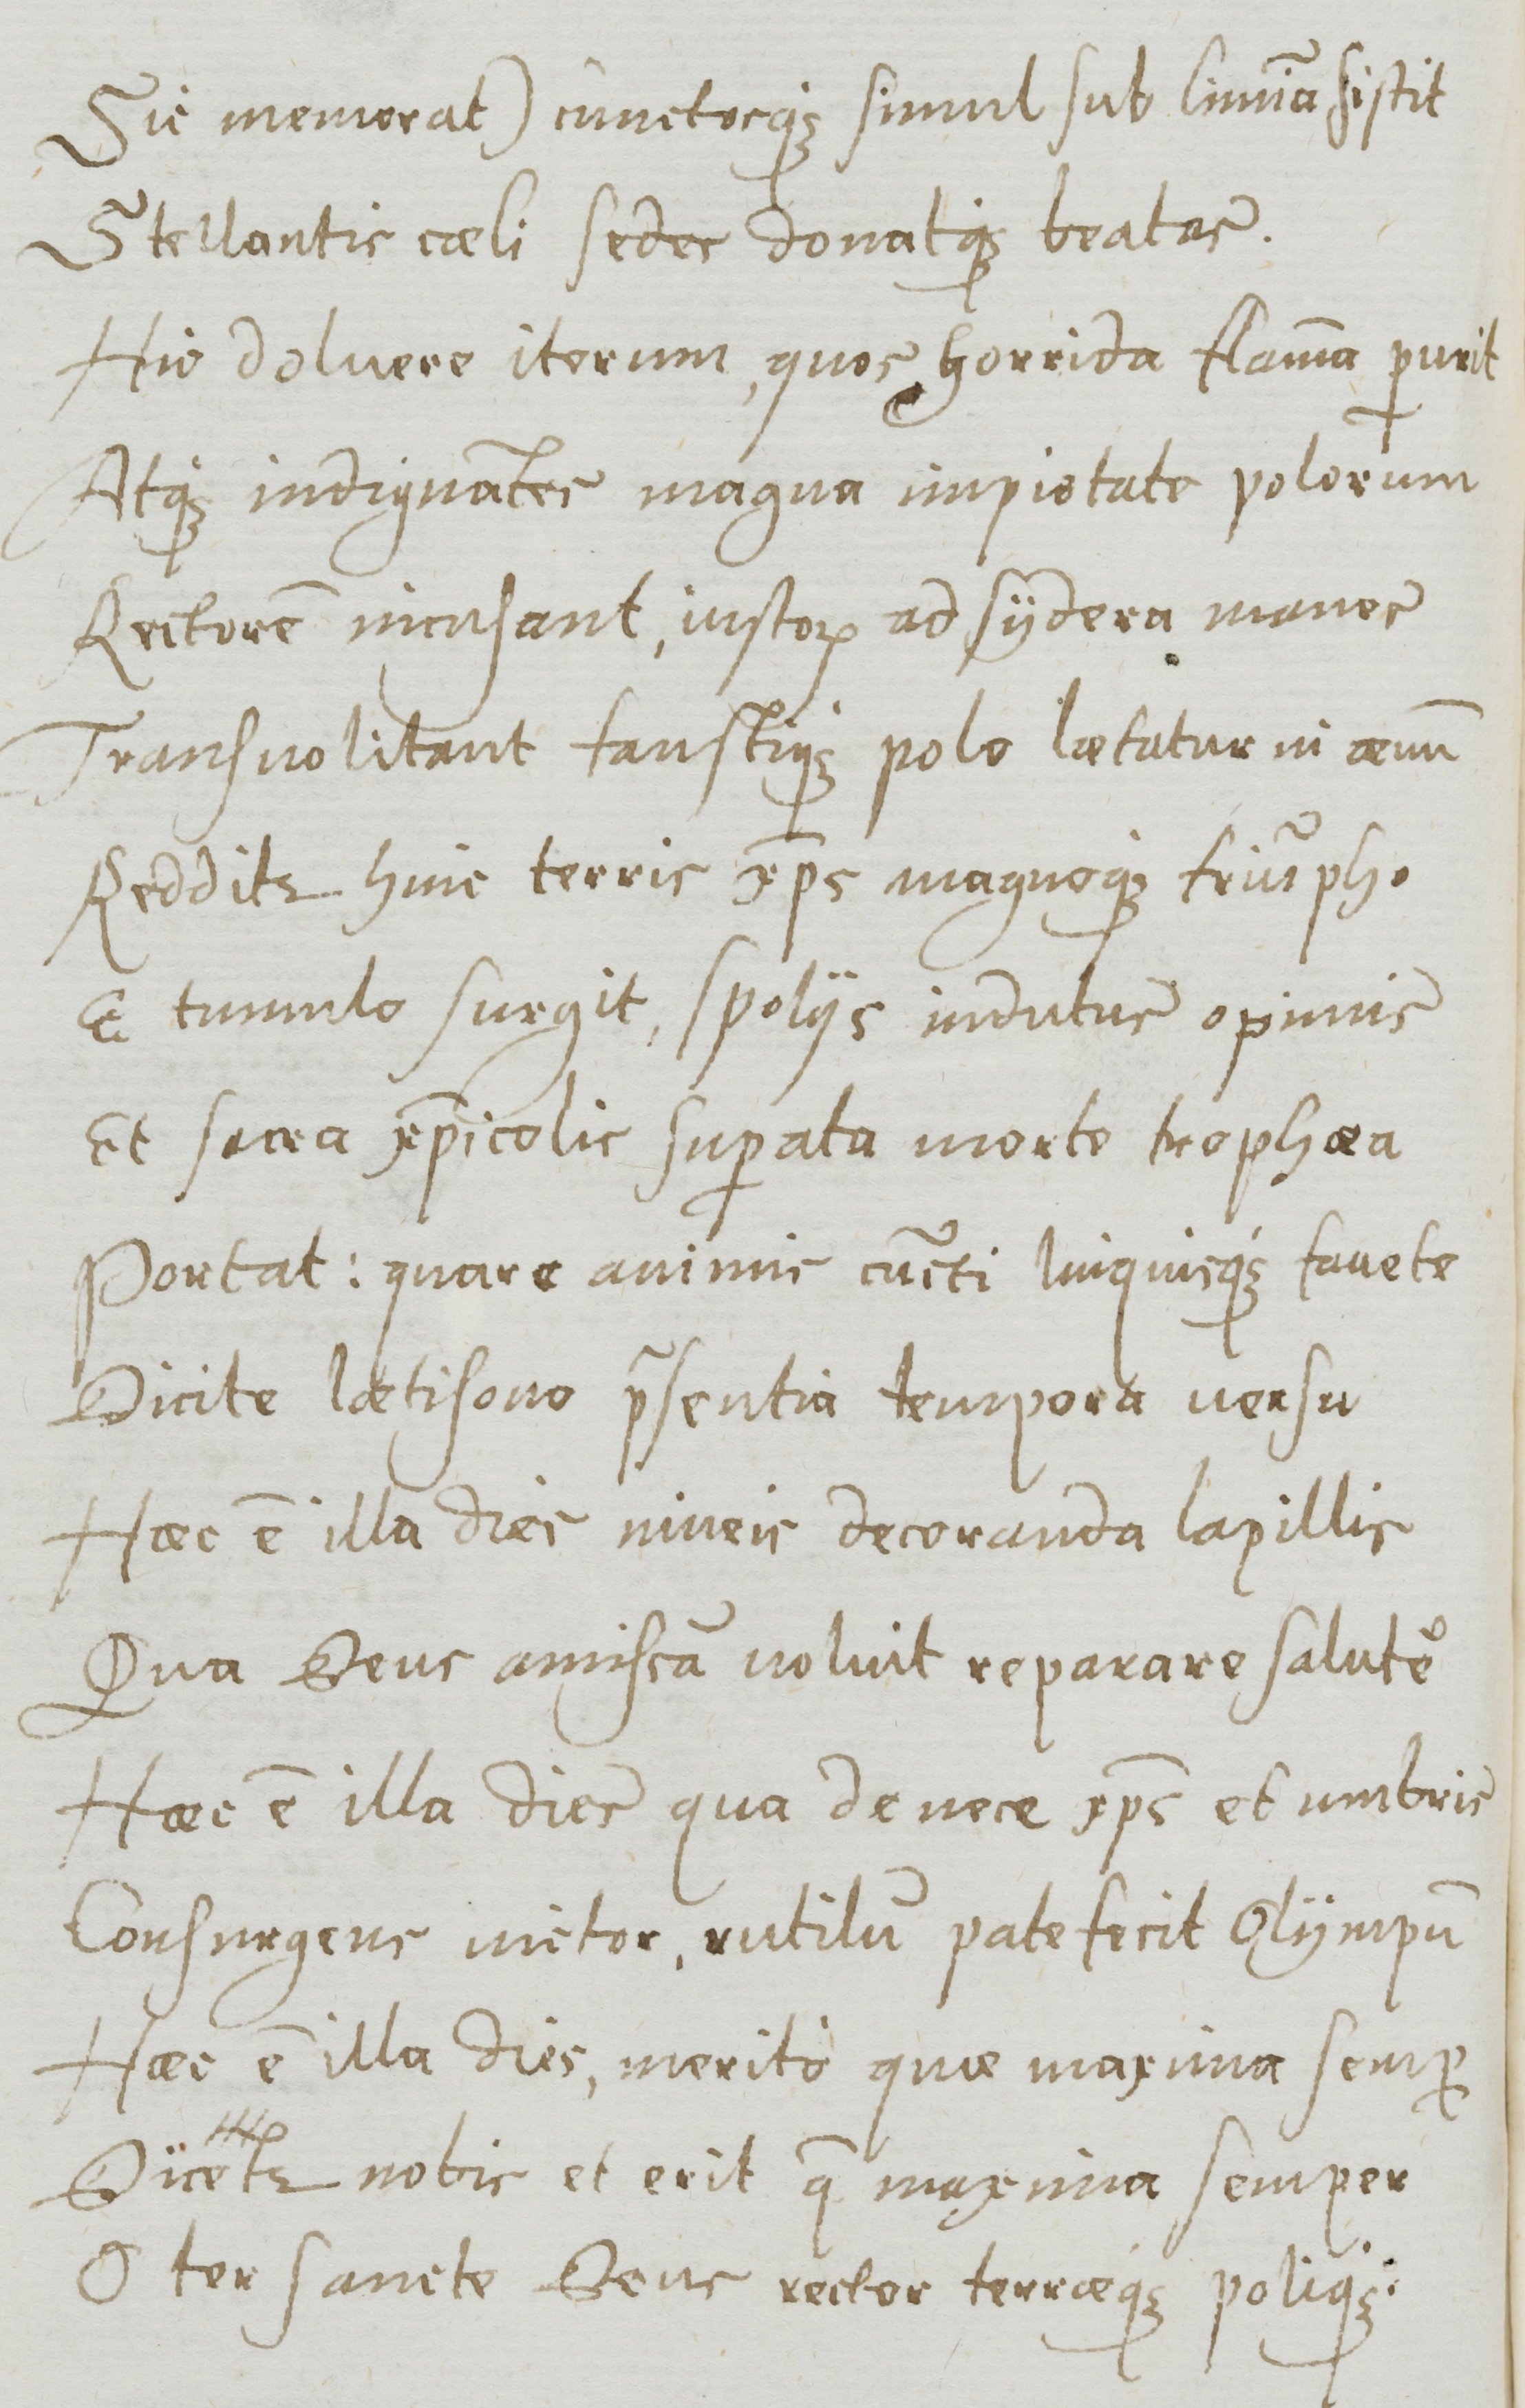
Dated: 1577–1577